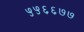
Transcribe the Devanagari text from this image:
५५६६७७